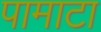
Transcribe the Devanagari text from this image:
पामाटा